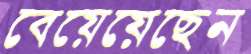
বেয়েয়েছেন